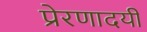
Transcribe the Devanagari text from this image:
प्रेरणादयी